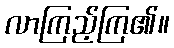
လာကြည့်ကြ၏။